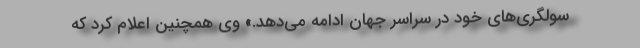
سولگری‌های خود در سراسر جهان ادامه می‌دهد.» وی همچنین اعلام کرد که